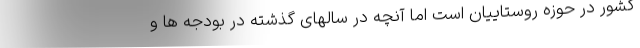
کشور در حوزه روستاییان است اما آنچه در سالهای گذشته در بودجه ها و